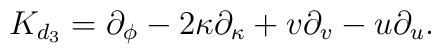
{K}_{d_3}=\partial_\phi -2\kappa \partial_{\kappa }+v\partial_v-u\partial_u.